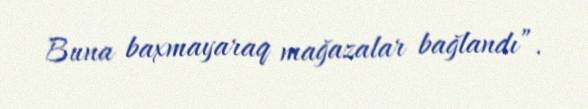
Buna baxmayaraq mağazalar bağlandı”.